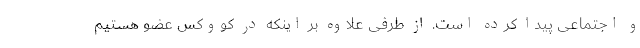
و اجتماعی پیدا کرده است. از طرفی علاوه بر اینکه در کووکس عضو هستیم